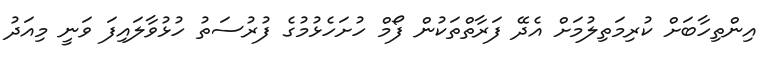
އިންތިހާބަށް ކުރިމަތިލުމަށް އެދޭ ފަރާތްތަކުން ފޯމް ހުށަހެޅުމުގެ ފުރުސަތު ހުޅުވާލައިފަ ވަނީ މިއަދު